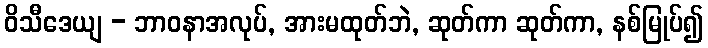
ဝိသီဒေယျ - ဘာဝနာအလုပ်, အားမထုတ်ဘဲ, ဆုတ်ကာ ဆုတ်ကာ, နစ်မြုပ်၍